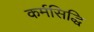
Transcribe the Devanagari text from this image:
कर्मसिद्धि